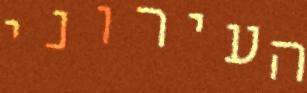
העירוני